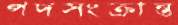
পদসংক্রান্ত